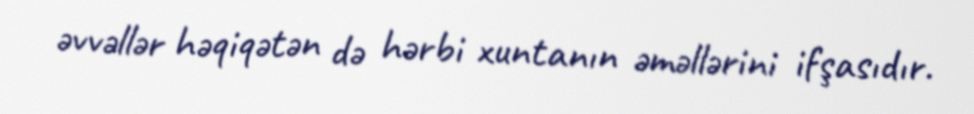
əvvəllər həqiqətən də hərbi xuntanın əməllərini ifşasıdır.